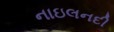
નાઇલનદી